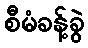
စီမံခန့်ခွဲ